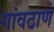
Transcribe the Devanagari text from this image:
गांवठाणे